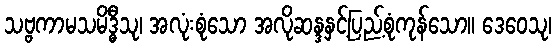
သဗ္ဗကာမသမိဒ္ဓီသု၊ အလုံးစုံသော အလိုဆန္ဒနှင့်ပြည့်စုံကုန်သော။ ဒေဝေသု၊